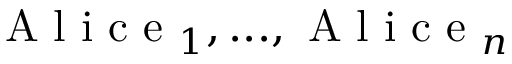
\mathrm { ~ A ~ l ~ i ~ c ~ e ~ } _ { 1 } , . . . , \mathrm { ~ A ~ l ~ i ~ c ~ e ~ } _ { n }